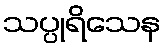
သပ္ပုရိသေန